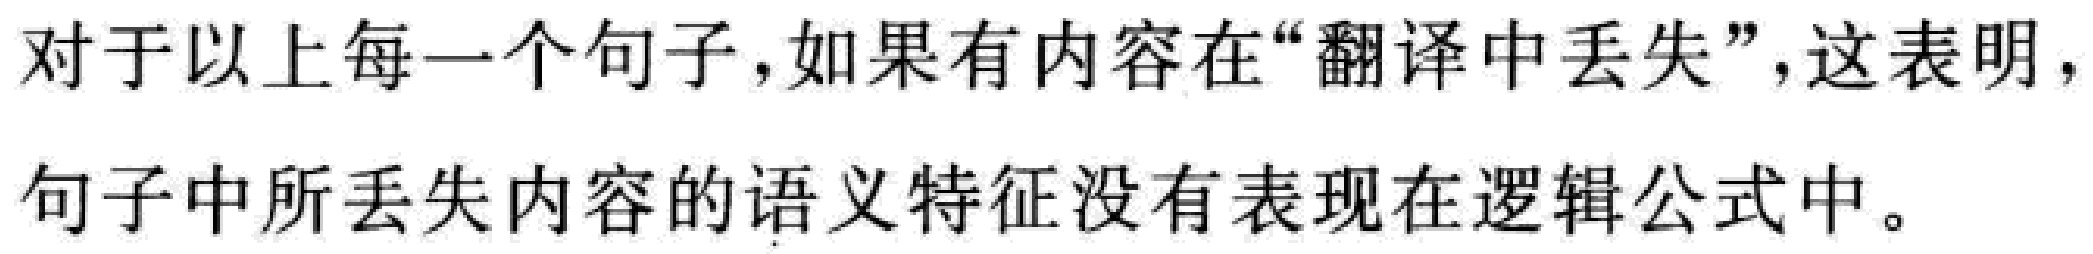
对于以上每一个句子，如果有内容在“翻译中丢失”，这表明，句子中所丢失内容的语义特征没有表现在逻辑公式中。